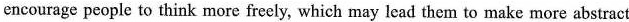
encourage people to think more freely, which may lead them to make more abstract